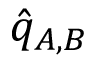
\hat { q } _ { A , B }